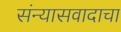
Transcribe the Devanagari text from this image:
संन्यासवादाचा